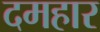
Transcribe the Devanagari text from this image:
दमहार